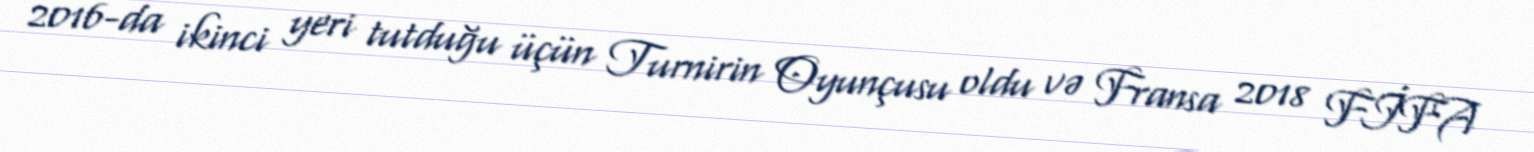
2016-da ikinci yeri tutduğu üçün Turnirin Oyunçusu oldu və Fransa 2018 FİFA